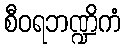
စီဝရဘဏ္ဍိကံ